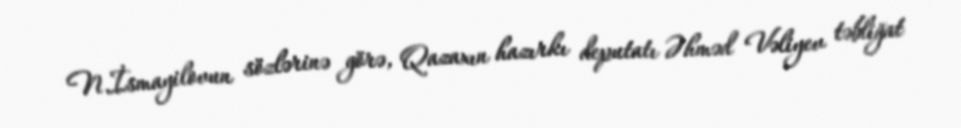
N.İsmayilovun sözlərinə görə, Qazaxın hazırkı deputatı Əhməd Vəliyev təbliğat